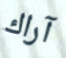
آراك